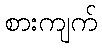
စားကျက်